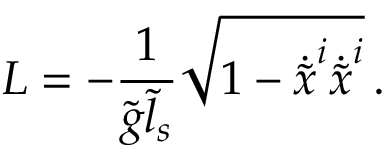
{ \cal L } = - \frac { 1 } { \tilde { g } \tilde { l } _ { s } } \sqrt { 1 - \dot { \tilde { x } } ^ { i } \dot { \tilde { x } } ^ { i } } \, .